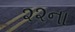
૨૨ના